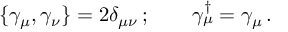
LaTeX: \{ \gamma _ { \mu } , \gamma _ { \nu } \} = 2 \delta _ { \mu \nu } \, ; \qquad \gamma _ { \mu } ^ { \dagger } = \gamma _ { \mu } \, .